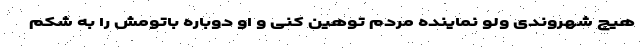
هیچ شهروندی ولو نماینده مردم توهین کنی و او دوباره باتومش را به شکم